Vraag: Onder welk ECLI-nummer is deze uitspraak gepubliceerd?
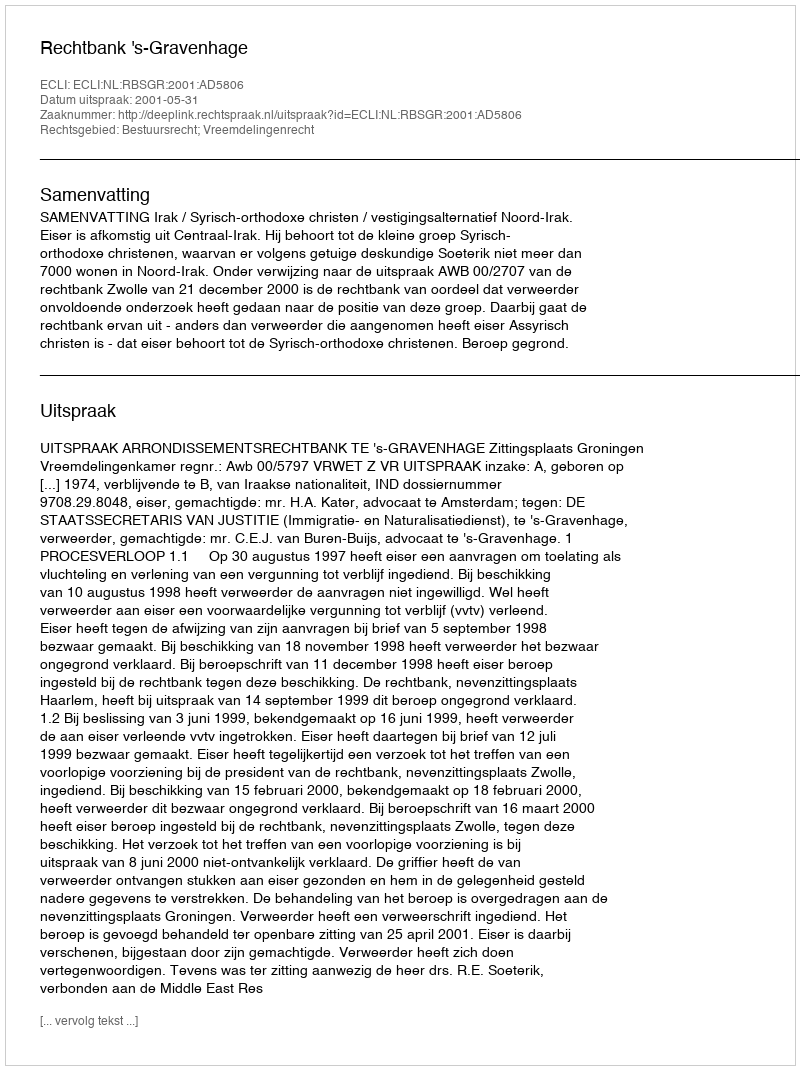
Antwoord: ECLI:NL:RBSGR:2001:AD5806